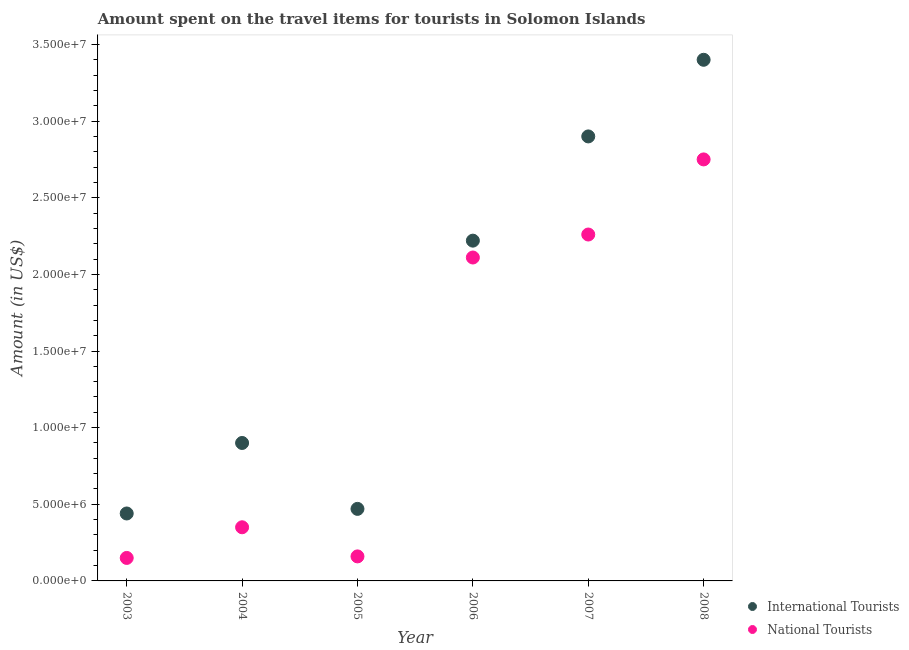
| Year | International Tourists | National Tourists |
 | --- | --- | --- |
 | 2003 | 4.4e+06 | 1.5e+06 |
 | 2004 | 9e+06 | 3.5e+06 |
 | 2005 | 4.7e+06 | 1.6e+06 |
 | 2006 | 2.22e+07 | 2.11e+07 |
 | 2007 | 2.9e+07 | 2.26e+07 |
 | 2008 | 3.4e+07 | 2.75e+07 |